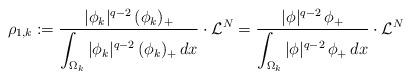
LaTeX: \begin{align*}\rho_{1,k}:=\frac{|\phi_k|^{q-2}\,(\phi_k)_+}{\displaystyle\int_{\Omega_k} |\phi_k|^{q-2}\,(\phi_k)_+\,dx}\cdot\mathcal{L}^N=\frac{|\phi|^{q-2}\,\phi_+}{\displaystyle\int_{\Omega_k} |\phi|^{q-2}\,\phi_+\,dx}\cdot\mathcal{L}^N\end{align*}